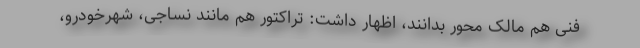
فنی هم مالک محور بدانند، اظهار داشت: تراکتور هم مانند نساجی، شهرخودرو،